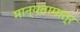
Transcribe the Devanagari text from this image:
मान्यतामात्र